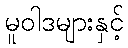
မူဝါဒများနှင့်